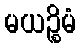
မယဉ္စိမံ